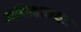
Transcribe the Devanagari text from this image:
अभिश्रावयव